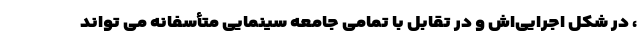
، در شکل اجرایی‌اش و در تقابل با تمامی جامعه سینمایی متأسفانه می تواند